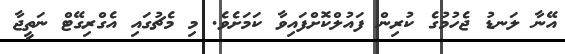
އޭނާ ލަނޑު ޖެހުމުގެ ކުރިން ފައުލްކޮށްފައިވާ ކަމަށެވެ. މި މެޗުގައި އެގްރިގޭޓް ނަތީޖާ